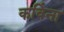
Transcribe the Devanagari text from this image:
कविंना